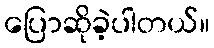
ပြောဆိုခဲ့ပါတယ်။